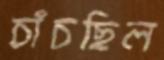
চাঁচছিল